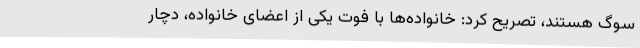
سوگ هستند، تصریح کرد: خانواده‌ها با فوت یکی از اعضای خانواده، دچار